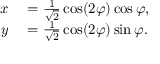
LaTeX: \begin{array} { r l } { x } & { { } = { \frac { 1 } { \sqrt { 2 } } } \cos ( 2 \varphi ) \cos \varphi , } \\ { y } & { { } = { \frac { 1 } { \sqrt { 2 } } } \cos ( 2 \varphi ) \sin \varphi . } \end{array}